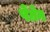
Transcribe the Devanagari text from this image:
पेंग्रेन